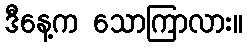
ဒီနေ့က သောကြာလား။